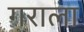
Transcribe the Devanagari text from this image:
गराला